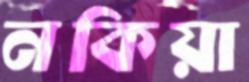
নকিয়া